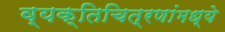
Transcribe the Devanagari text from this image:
व्यक्तिचित्रणांमध्ये